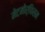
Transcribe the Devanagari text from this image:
मेटमोर्फिसम